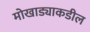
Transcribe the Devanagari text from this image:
मोखाड्याकडील